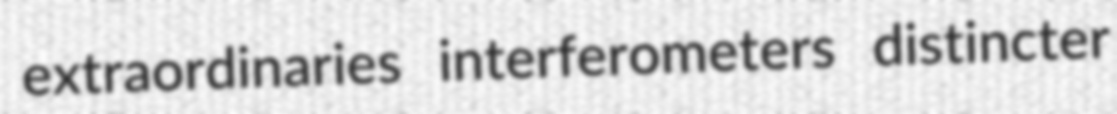
extraordinaries interferometers distincter